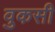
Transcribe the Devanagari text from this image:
वुकसी